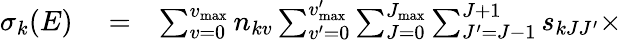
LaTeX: \begin{array}{rlr}{\sigma_{k}(E)}&{{}=}&{\sum_{v=0}^{v_{\mathrm{max}}}n_{kv}\sum_{v^{\prime}=0}^{v_{\mathrm{max}}^{\prime}}\sum_{J=0}^{J_{\mathrm{max}}}\sum_{J^{\prime}=J-1}^{J+1}s_{kJJ^{\prime}}\times}\end{array}